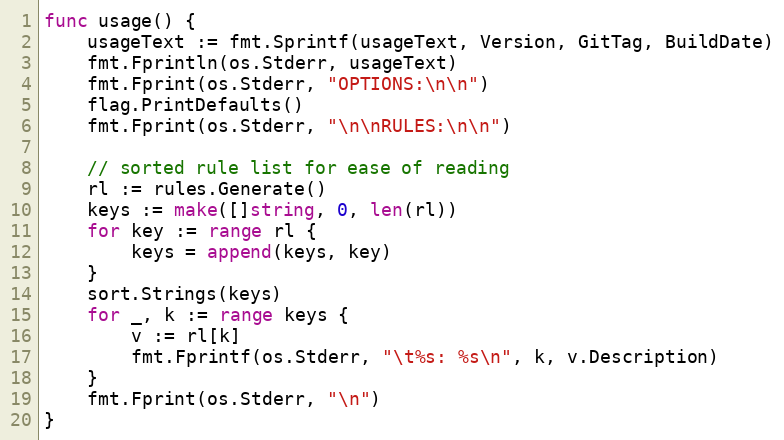
Language: Go
func usage() {
	usageText := fmt.Sprintf(usageText, Version, GitTag, BuildDate)
	fmt.Fprintln(os.Stderr, usageText)
	fmt.Fprint(os.Stderr, "OPTIONS:\n\n")
	flag.PrintDefaults()
	fmt.Fprint(os.Stderr, "\n\nRULES:\n\n")

	// sorted rule list for ease of reading
	rl := rules.Generate()
	keys := make([]string, 0, len(rl))
	for key := range rl {
		keys = append(keys, key)
	}
	sort.Strings(keys)
	for _, k := range keys {
		v := rl[k]
		fmt.Fprintf(os.Stderr, "\t%s: %s\n", k, v.Description)
	}
	fmt.Fprint(os.Stderr, "\n")
}